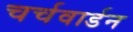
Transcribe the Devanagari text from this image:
चर्चवार्डन